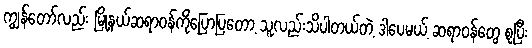
ကျွန်တော်လည်း မြို့နယ်ဆရာဝန်ကိုပြောပြတော့ သူလည်းသိပါတယ်တဲ့ ဒါပေမယ့် ဆရာဝန်တွေ စုပြီး